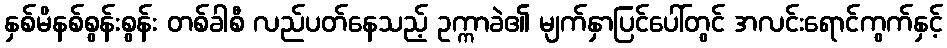
နှစ်မိနစ်စွန်းစွန်း တစ်ခါစီ လည်ပတ်နေသည့် ဥက္ကာခဲ၏ မျက်နှာပြင်ပေါ်တွင် အလင်းရောင်ကွက်နှင့်